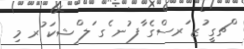
ްޗގީ ުޒ ަރސްގެ ާފ ުނ ެގ ަލ ްޝކަ ުރ މި